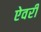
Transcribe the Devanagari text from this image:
ऐवरी